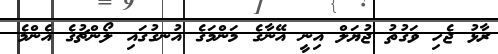
ރާޅު ޖެހި ވަގުތު ޖުޔަލް އިނީ އޭނާގެ މަންމަގެ އުނގުގައި ލޯންޗުގެ އެންމެ